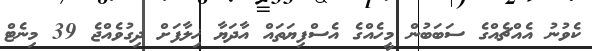
ކެވުނު އެއްޗެއްގެ ސަބަބުން މީހެއްގެ އެސްފިޔަތައް އާދަޔާ ޚިލާފަށް ދިގުވެއްޖެ 39 މިނެޓް